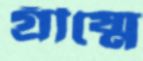
গ্রীষ্মে